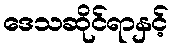
ဒေသဆိုင်ရာနှင့်